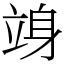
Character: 竧